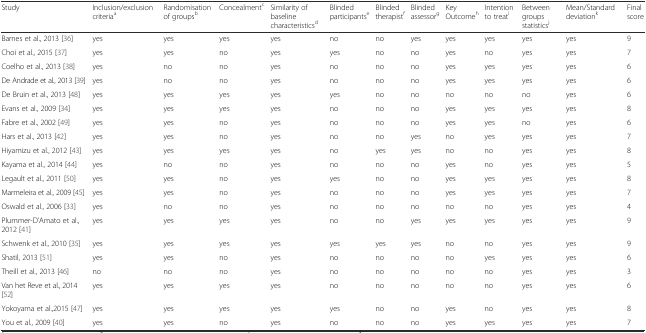
<table><thead><tr><td><b>Study</b></td><td><b>Inclusion/exclusion criteria<sup>a</sup></b></td><td><b>Randomisation of groups<sup>b</sup></b></td><td><b>Concealment<sup>c</sup></b></td><td><b>Similarity of baseline characteristics<sup>d</sup></b></td><td><b>Blinded participants<sup>e</sup></b></td><td><b>Blinded therapist<sup>f</sup></b></td><td><b>Blinded assessor<sup>g</sup></b></td><td><b>Key Outcome<sup>h</sup></b></td><td><b>Intention to treat<sup>i</sup></b></td><td><b>Between groups statistics<sup>j</sup></b></td><td><b>Mean/Standard deviation<sup>k</sup></b></td><td><b>Final score</b></td></tr></thead><tbody><tr><td>Barnes et al., 2013 [36]</td><td>yes</td><td>yes</td><td>yes</td><td>yes</td><td>no</td><td>no</td><td>yes</td><td>yes</td><td>yes</td><td>yes</td><td>yes</td><td>9</td></tr><tr><td>Choi et al., 2015 [37]</td><td>yes</td><td>yes</td><td>no</td><td>yes</td><td>yes</td><td>no</td><td>no</td><td>yes</td><td>no</td><td>yes</td><td>yes</td><td>7</td></tr><tr><td>Coelho et al., 2013 [38]</td><td>yes</td><td>no</td><td>no</td><td>yes</td><td>no</td><td>no</td><td>no</td><td>yes</td><td>yes</td><td>yes</td><td>yes</td><td>6</td></tr><tr><td>De Andrade et al., 2013 [39]</td><td>yes</td><td>no</td><td>no</td><td>yes</td><td>no</td><td>no</td><td>no</td><td>yes</td><td>yes</td><td>yes</td><td>yes</td><td>6</td></tr><tr><td>De Bruin et al., 2013 [48]</td><td>yes</td><td>yes</td><td>yes</td><td>yes</td><td>yes</td><td>no</td><td>no</td><td>no</td><td>no</td><td>no</td><td>yes</td><td>6</td></tr><tr><td>Evans et al., 2009 [34]</td><td>yes</td><td>yes</td><td>yes</td><td>yes</td><td>no</td><td>no</td><td>no</td><td>yes</td><td>yes</td><td>yes</td><td>yes</td><td>8</td></tr><tr><td>Fabre et al., 2002 [49]</td><td>yes</td><td>yes</td><td>no</td><td>yes</td><td>no</td><td>no</td><td>no</td><td>yes</td><td>yes</td><td>no</td><td>yes</td><td>6</td></tr><tr><td>Hars et al., 2013 [42]</td><td>yes</td><td>yes</td><td>no</td><td>yes</td><td>no</td><td>no</td><td>yes</td><td>no</td><td>yes</td><td>yes</td><td>yes</td><td>7</td></tr><tr><td>Hiyamizu et al., 2012 [43]</td><td>yes</td><td>yes</td><td>yes</td><td>yes</td><td>no</td><td>yes</td><td>yes</td><td>no</td><td>no</td><td>yes</td><td>yes</td><td>8</td></tr><tr><td>Kayama et al., 2014 [44]</td><td>yes</td><td>no</td><td>no</td><td>yes</td><td>no</td><td>no</td><td>no</td><td>yes</td><td>no</td><td>yes</td><td>yes</td><td>5</td></tr><tr><td>Legault et al., 2011 [50]</td><td>yes</td><td>yes</td><td>no</td><td>yes</td><td>yes</td><td>no</td><td>no</td><td>yes</td><td>yes</td><td>yes</td><td>yes</td><td>8</td></tr><tr><td>Marmeleira et al., 2009 [45]</td><td>yes</td><td>yes</td><td>no</td><td>yes</td><td>no</td><td>no</td><td>no</td><td>yes</td><td>yes</td><td>yes</td><td>yes</td><td>7</td></tr><tr><td>Oswald et al., 2006 [33]</td><td>yes</td><td>no</td><td>no</td><td>yes</td><td>no</td><td>no</td><td>no</td><td>no</td><td>no</td><td>yes</td><td>yes</td><td>4</td></tr><tr><td>Plummer-D’Amato et al., 2012 [41]</td><td>yes</td><td>yes</td><td>yes</td><td>yes</td><td>no</td><td>no</td><td>yes</td><td>yes</td><td>yes</td><td>yes</td><td>yes</td><td>9</td></tr><tr><td>Schwenk et al., 2010 [35]</td><td>yes</td><td>yes</td><td>yes</td><td>yes</td><td>yes</td><td>yes</td><td>yes</td><td>no</td><td>no</td><td>yes</td><td>yes</td><td>9</td></tr><tr><td>Shatil, 2013 [51]</td><td>yes</td><td>yes</td><td>no</td><td>yes</td><td>no</td><td>no</td><td>no</td><td>no</td><td>yes</td><td>yes</td><td>yes</td><td>6</td></tr><tr><td>Theill et al., 2013 [46]</td><td>no</td><td>no</td><td>no</td><td>yes</td><td>no</td><td>no</td><td>no</td><td>no</td><td>no</td><td>yes</td><td>yes</td><td>3</td></tr><tr><td>Van het Reve et al., 2014 [52]</td><td>yes</td><td>yes</td><td>yes</td><td>yes</td><td>no</td><td>no</td><td>no</td><td>no</td><td>no</td><td>yes</td><td>yes</td><td>6</td></tr><tr><td>Yokoyama et al.,2015 [47]</td><td>yes</td><td>yes</td><td>yes</td><td>yes</td><td>yes</td><td>no</td><td>no</td><td>yes</td><td>no</td><td>yes</td><td>yes</td><td>8</td></tr><tr><td>You et al., 2009 [40]</td><td>yes</td><td>yes</td><td>no</td><td>yes</td><td>no</td><td>no</td><td>no</td><td>yes</td><td>yes</td><td>yes</td><td>yes</td><td>7</td></tr></tbody></table>